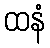
ထနံ